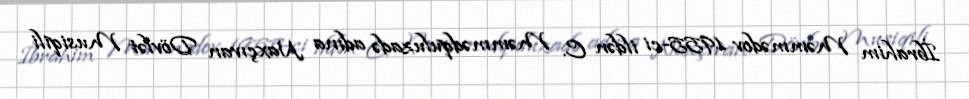
İbrahim Məmmədov 1955-ci ildən C. Məmmədquluzadə adına Naxçıvan Dövlət Musiqili